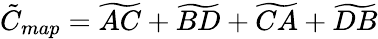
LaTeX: \tilde{C}_{map}=\widetilde{AC}+\widetilde{BD}+\widetilde{CA}+\widetilde{DB}